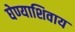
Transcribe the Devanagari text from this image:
घेण्याशिवाय